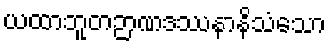
ယထာဘူတဉာဏဒဿနာနိသံသော